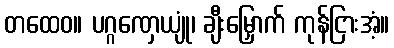
တထေဝ။ ပဂ္ဂဏှေယျုံ၊ ချီးမြှောက် ကုန်ငြားအံ့။